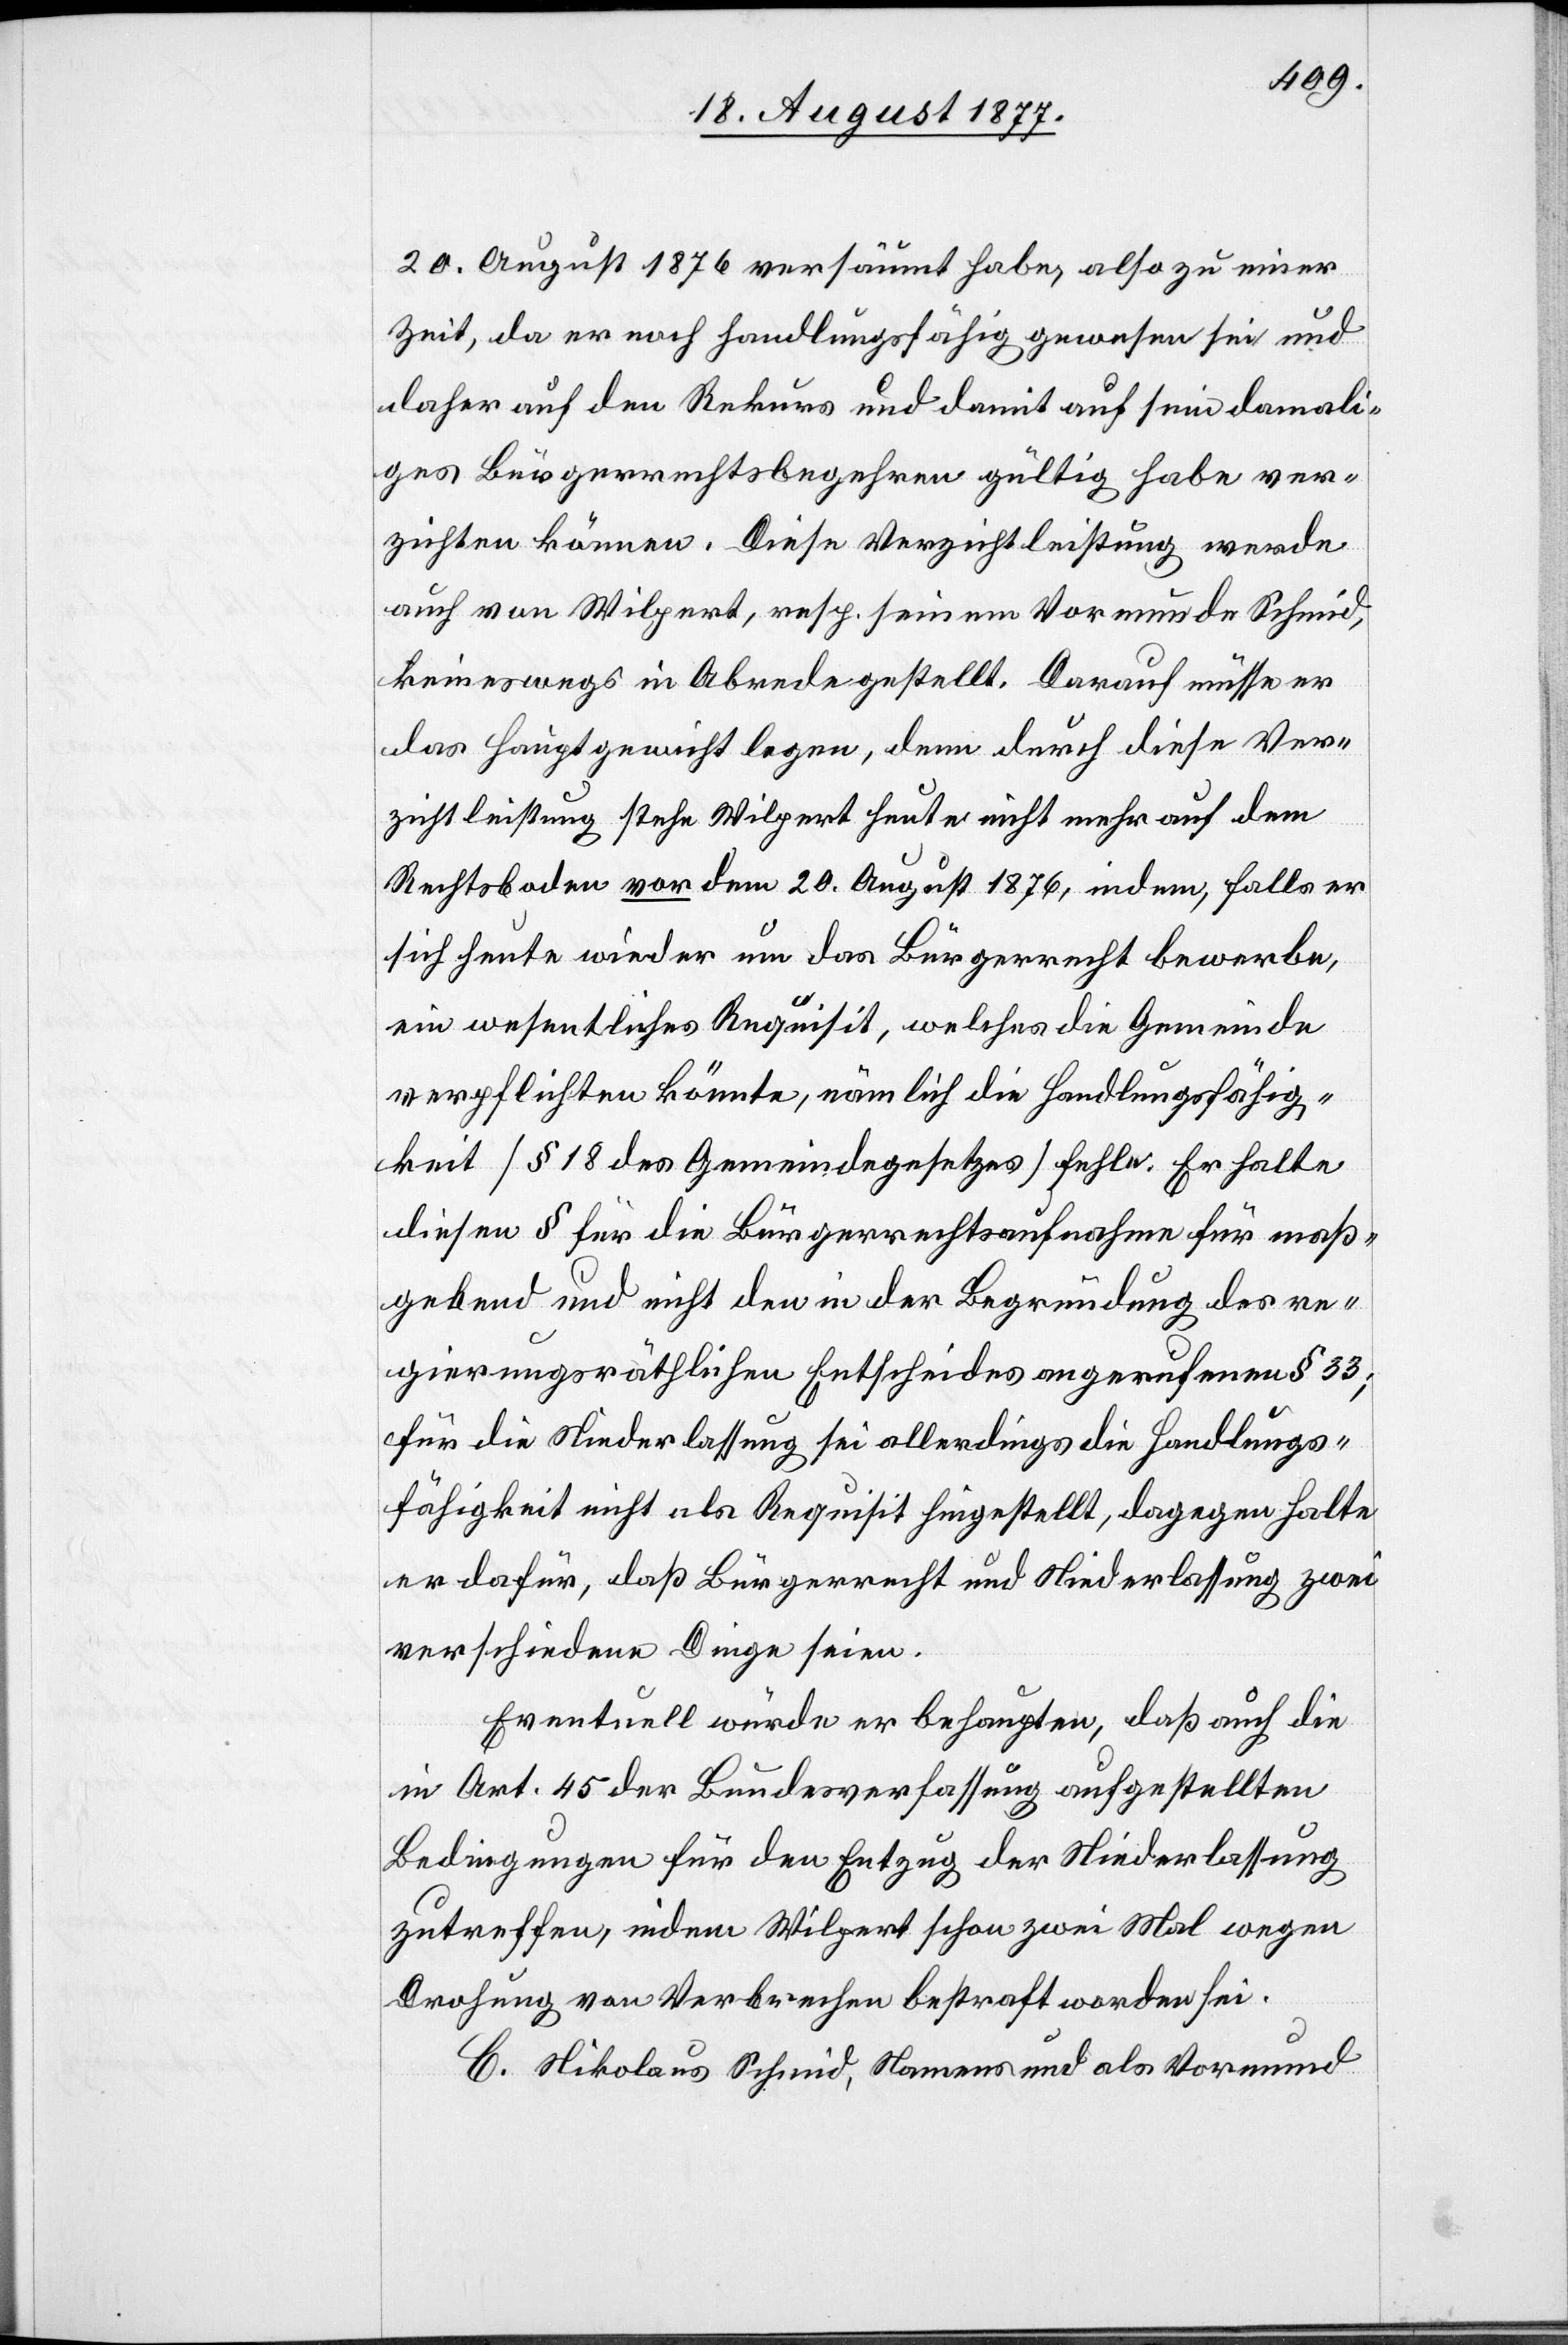
20. August 1876 versäumt habe, also zu einer
Zeit, da er noch handlungsfähig gewesen sei und
daher auf den Rekurs und damit auf sein damali¬
ges Bürgerrechtsbegehren gültig habe ver¬
zichten können. Diese Verzichtleistung werde
auch von Wilpert, resp. seinem Vormunde Schmid,
keineswegs in Abrede gestellt. Darauf müsse er
das Hauptgewicht legen, denn durch diese Ver¬
zichtleistung stehe Wilpert heute nicht mehr auf dem
Rechtsboden vor dem 20. August 1876, indem, falls er
sich heute wieder um das Bürgerecht bewerbe,
ein wesentliches Requisit, welches die Gemeinde
verpflichten könnte, nämlich die Handlungsfähig¬
keit [§ 18 des Gemeindegesetzes] fehle. Er halte
diesen § für die Bürgerrechtsaufnahme für maß¬
gebend und nicht den in der Begründung des re¬
gierungsräthlichen Entscheides angerufenen § 33;
für die Niederlassung sei allerdings die Handlungs¬
fähigkeit nicht als Requisit hingestellt, dagegen halte
er dafür, daß Bürgerrecht und Niederlassung zwei
verschiedene Dinge seien.
Eventuell würde er behaupten, daß auch die
in Art. 45 der Bundesverfassung aufgestellten
Bedingungen für den Entzug der Niederlassung
zutreffen, indem Wilpert schon zwei Mal wegen
Drohung von Verbrechen bestraft worden sei.
C. Nikolaus Schmid, Namens und als Vormund